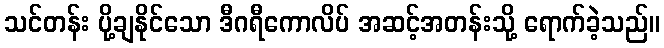
သင်တန်း ပို့ချနိုင်သော ဒီဂရီကောလိပ် အဆင့်အတန်းသို့ ရောက်ခဲ့သည်။